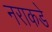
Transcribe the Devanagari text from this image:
नराकडे